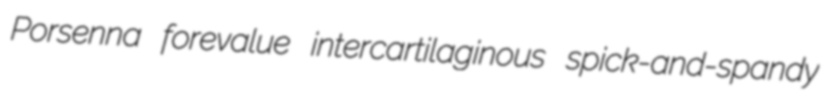
Porsenna forevalue intercartilaginous spick-and-spandy